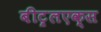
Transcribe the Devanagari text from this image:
बीट्रलएक्स